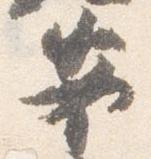
安